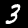
Digit: 3